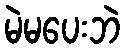
မဲမပေးဘဲ